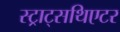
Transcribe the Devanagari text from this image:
स्ट्राट्सथिएटर